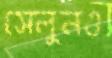
সেলুনও